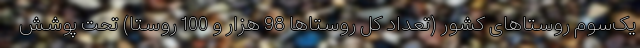
یک‌سوم روستاهای کشور (تعداد کل روستاها 98 هزار و 100 روستا) تحت پوشش